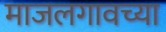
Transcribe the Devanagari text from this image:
माजलगावच्या